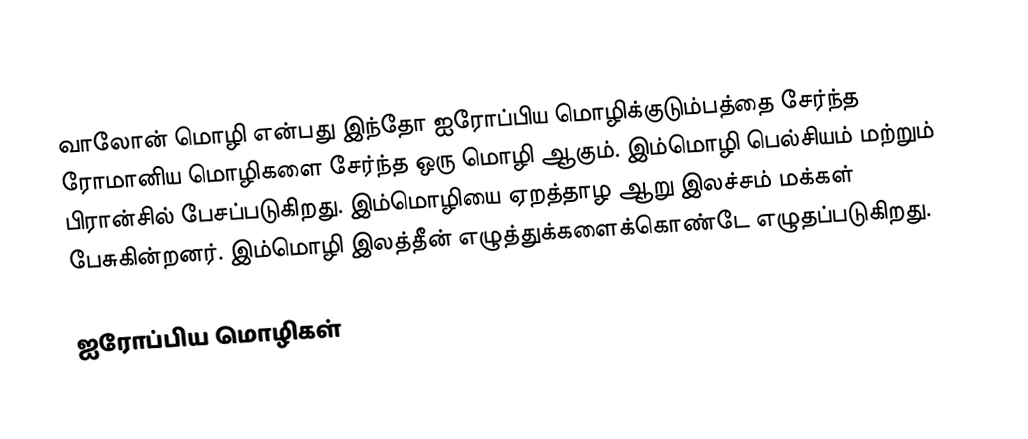
வாலோன் மொழி என்பது இந்தோ ஐரோப்பிய மொழிக்குடும்பத்தை சேர்ந்த ரோமானிய மொழிகளை சேர்ந்த ஒரு மொழி ஆகும். இம்மொழி பெல்சியம் மற்றும் பிரான்சில் பேசப்படுகிறது. இம்மொழியை ஏறத்தாழ ஆறு இலச்சம் மக்கள் பேசுகின்றனர். இம்மொழி இலத்தீன் எழுத்துக்களைக்கொண்டே எழுதப்படுகிறது.

ஐரோப்பிய மொழிகள்